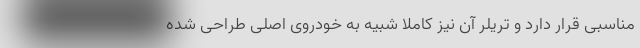
مناسبی قرار دارد و تریلر آن نیز کاملا شبیه به خودروی اصلی طراحی شده